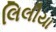
લિલીયા